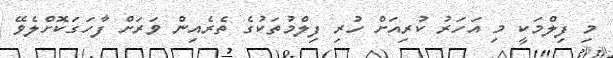
މި ފިލްމަކީ މި އަހަރު ކުރިއަށް ހުރި ފިލްމުތަކުގެ ތެރެއިން ވަރަށް ފާހަގަކޮށްލެވޭ